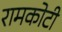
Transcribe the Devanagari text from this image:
रामकोटी